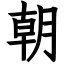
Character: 朝